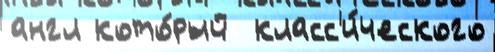
англ кото́рый  класс'и́ческого